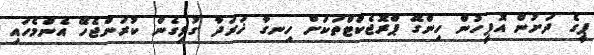
ޕީގެ ދަށުން އޮފީހުން ހިންގޭ ޕްރޮޖެކްޓްތަކަށް ހިނގާ ޚަރަދާ ގުޅިގެން ކުރަންޖެހޭ އެންމެހައި